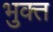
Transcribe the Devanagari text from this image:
भुक्त